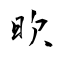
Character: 欥